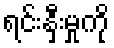
ရင်းနှီးမှုကို